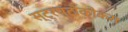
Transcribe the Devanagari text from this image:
स्ट्रप्टोकोकस